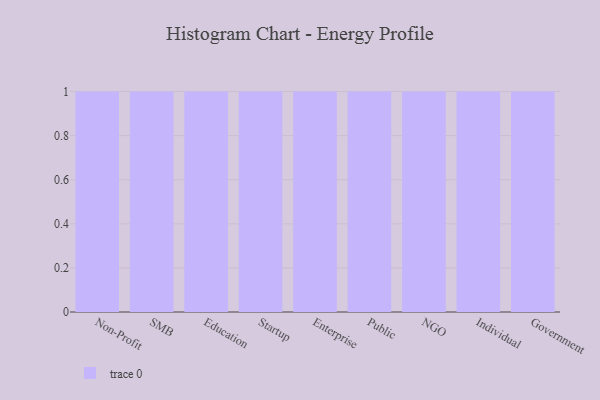
{"axis": {"x": "Segment", "y": "Tickets Resolved"}, "legend": [""], "data": [{"x": "Non-Profit", "y": 9, "type": ""}, {"x": "SMB", "y": 96, "type": ""}, {"x": "Education", "y": 84, "type": ""}, {"x": "Startup", "y": 1, "type": ""}, {"x": "Enterprise", "y": 62, "type": ""}, {"x": "Public", "y": 73, "type": ""}, {"x": "NGO", "y": 88, "type": ""}, {"x": "Individual", "y": 64, "type": ""}, {"x": "Government", "y": 39, "type": ""}]}